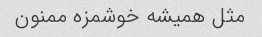
مثل همیشه خوشمزه ممنون